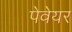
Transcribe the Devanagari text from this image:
पेवेयर